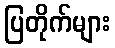
ပြတိုက်များ